Materia medica of Madras volume I
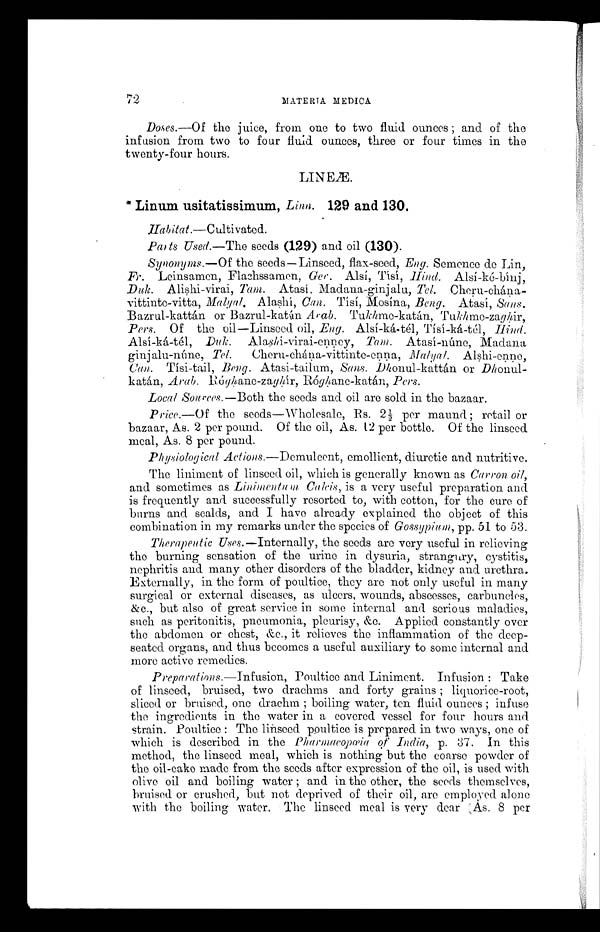
MATERIA MEDICA
Doses.—Of the juice, from one to two fluid ounces ; and of the
infusion from two to four fluid. ounces, three or four times in the
twenty-four hours.
LINEÆ.
* Linum usitatissimum, Linn. 129 and 130.
Habitat.—Cultivated.
Parts Used.—The seeds (129) and oil (130).
Synonyms.—Of the seeds—Linseed, flax-seed, Eng. Semence de Lin,
Fr. Leinsamen, Flachssamen, Ger. Alsí, Tísí, H ind. Alsí-ké-bínj,
Duk. Alishi-virai, Tam. At a s í , Ma d a n a - g i n j a l u , T e l .
C h e r u - c h á n a - v i t t i n t e - v i t t a , M a l y a l A l a s h í ,C
a n .
T í s í , M o s í n a ,
B e n g .
A t a s í ,
Sens.
Bazrul-kattán or Bazrul-katán Arab. Tukhme-katán, Tukhme-zaghir,
Pers. Of the oil—Linseed oil, Eng. Alsí-ká-tél, Tísí-ká-tél, Hind.
Alsí-ká-tél, Duk. Alashi-virai-enney, Tam. Atasí-núne, Madana
ginjalu-núne, Tel. Cheru-chána-vittinte-enna, Alshi-enne,
Can. Tísi-tail, Beng. Atasi-tailum, Sans. Dhonul-kattán or
D h o n u l - k a t á n ,
A r a b .
R ó g h a n e - z a g h í r , R ó g h a n e - k a t á n ,P
e r s .
Local Sources.—Both the seeds and oil are sold in the bazaar.
Price.—Of the seeds—Wholesale, Rs. 2½ per maund ; retail or
bazaar, As. 2 per pound. Of the oil, As. 12 per bottle. Of the linseed
meal, As. 8 per pound.
Physiological Actions.—Demulcent, emollient, diuretic and nutritive.
The liniment of linseed oil, which is generally known as Carron oil,
and sometimes as Linimentum Calcis, is a very useful preparation and
is frequently and successfully resorted to, with cotton, for the cure of
burns and scalds, and I have already explained the object of this
combination in my remarks under the species of Gossypium, pp. 51 to 53.
Therapeutic Uses.—Internally, the seeds are very useful in relieving
the burning sensation of the urine in dysuria, strangury, cystitis,
nephritis and many other disorders of the bladder, kidney and urethra.
Externally, in the form of poultice, they are not only useful in many
surgical or external diseases, as ulcers, wounds, abscesses, carbuncles,
&c., but also of great service in some internal and serious maladies,
such as peritonitis, pneumonia, pleurisy, &c. Applied constantly over
the abdomen or chest, &c., it relieves the inflammation of the deep-
seated organs, and thus becomes a useful auxiliary to some internal and
more active remedies.
Preparations.—Infusion, Poultice and Liniment. Infusion : Take
of linseed, bruised, two drachms and forty grains ; liquorice-root,
sliced or bruised, one drachm ; boiling water, ten fluid ounces ; infuse
the ingredients in the water in a covered vessel for four hours and.
strain. Poultice : The linseed poultice is prepared. in two ways, one of
which is described in the Pharmacopœia of India p. 37. In this
method, the linseed meal, which is nothing but the coarse powder of
the oil-cake made from the seeds after expression of the oil, is used with
olive oil and boiling water ; and in the other, the seeds themselves,
bruised or crushed, but not deprived of their oil, are employed alone
with the boiling water, The linseed meal is very dear As. 8 per